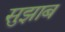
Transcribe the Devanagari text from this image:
सुझाब